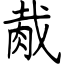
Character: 胾